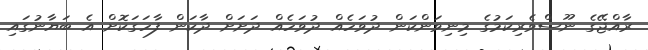
ރާއްޖޭގެ ނޫސްވެރިކަމުގެ މިނިވަންކަން ދުވަހެއް ދުވަހެއް ދަށަށް ދާކަން ފާހަގަކޮށް އެ ބަޔާނުގައި